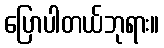
ပြောပါတယ်ဘုရား။